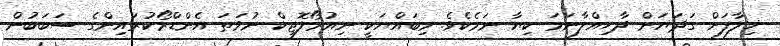
ޚިލާފަށް ގަދަޔަށް ދާހިއްލާނަމަ ކިޔާ ނަމެކެވެ. މިބައްޔަކީ ނިއުރޯލޮޖިކް ނުވަތަ އެންޑްރޯކުރައިންގެ ސަބަބުން